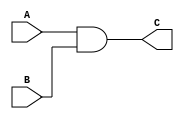
`timescale 1ns/10ps
module And_32_bit(A, B, C);
input [31:0] A, B;
output reg [31:0] C;
always@(A or B)
	begin
	C = A & B;
	end
endmodule